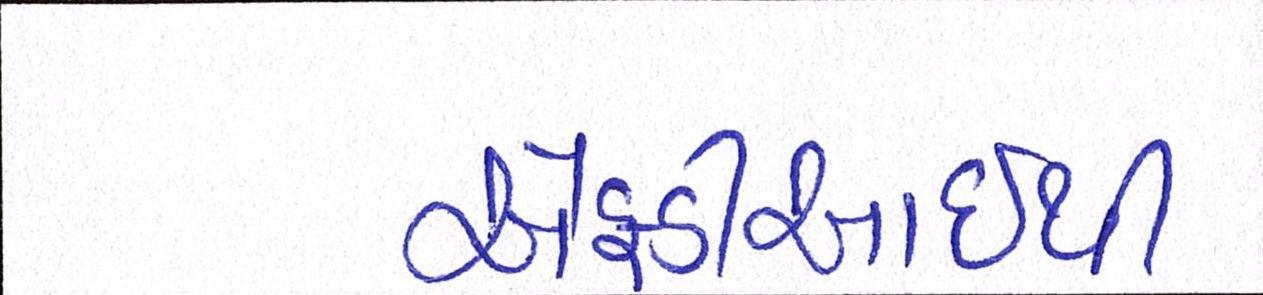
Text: એફડીઆઇથી